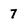
Character: 7